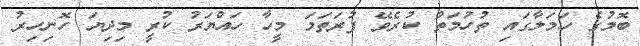
ބޮމުގެ ހަމަލާގައި ތުހުމަތު ކުރެވޭ ފުރަތަމަ މީހާ ހައްޔަރު ކުރީ މިދިޔަ ހޮނިހިރު